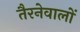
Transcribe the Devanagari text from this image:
तैरनेवालों